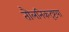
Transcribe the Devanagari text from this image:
तौलनिकदृष्टया